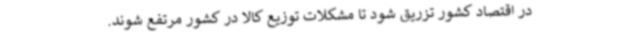
در اقتصاد کشور تزریق شود تا مشکلات توزیع کالا در کشور مرتفع شوند.